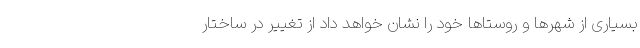
بسیاری از شهرها و روستاها خود را نشان خواهد داد از تغییر در ساختار